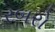
રબરો